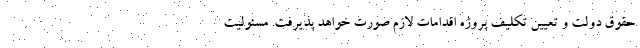
حقوق دولت و تعیین تکلیف پروژه اقدامات لازم صورت خواهد پذیرفت. مسئولیت